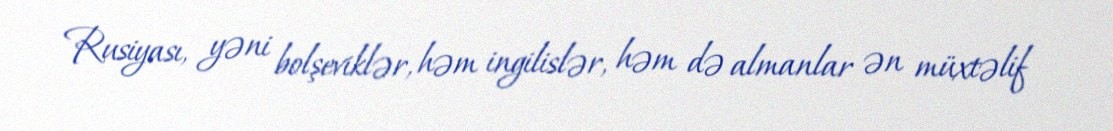
Rusiyası, yəni bolşeviklər, həm ingilislər, həm də almanlar ən müxtəlif